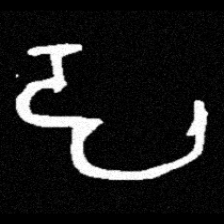
Pyu character \u2014 Myanmar letter: ဠ (romanized: lla)